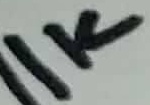
Text: 1K